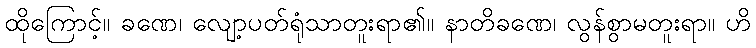
ထိုကြောင့်။ ခဏေ၊ လျော့ပတ်ရုံသာတူးရာ၏။ နာတိခဏေ၊ လွန်စွာမတူးရာ။ ဟိ